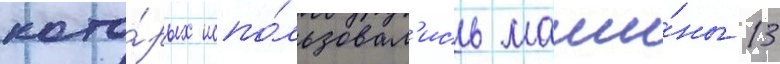
кото́рых испо́льзовал'ись маши́ны 13